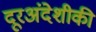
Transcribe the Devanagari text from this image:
दूरअंदेशीकी